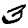
Digit: 3